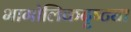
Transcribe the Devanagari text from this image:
भागोलिकदृष्ट्या